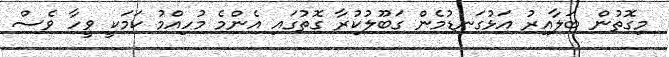
މިގޮތުން ބަލާއިރު އަޅުގަނޑުމެން ގަބޫލުކުރާ ގޮތުގައި އެންމެ މުހިއްމު ކަމަކީ ވީހާ ވެސް